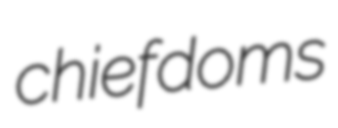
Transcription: chiefdoms